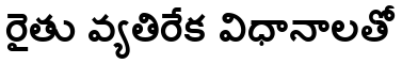
రైతు వ్యతిరేక విధానాలతో